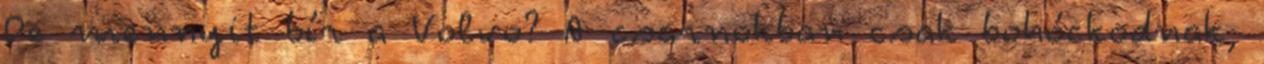
De mennyit bír a Volvo? A csarnokban csak bohóckodnak,